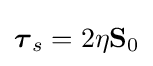
{\boldsymbol {\tau }}_{s}=2\eta \mathbf {S} _{0}